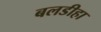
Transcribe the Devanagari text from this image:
बलडीहा